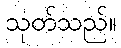
သုတ်သည်။